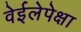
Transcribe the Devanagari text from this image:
वेईलेपेक्षा